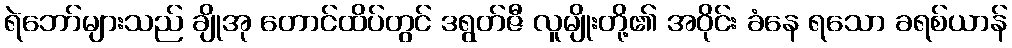
ရဲဘော်များသည် ချိုအု တောင်ထိပ်တွင် ဒရွတ်ဇီ လူမျိုးတို့၏ အဝိုင်း ခံနေ ရသော ခရစ်ယာန်